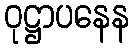
ဝုဋ္ဌာပနေန